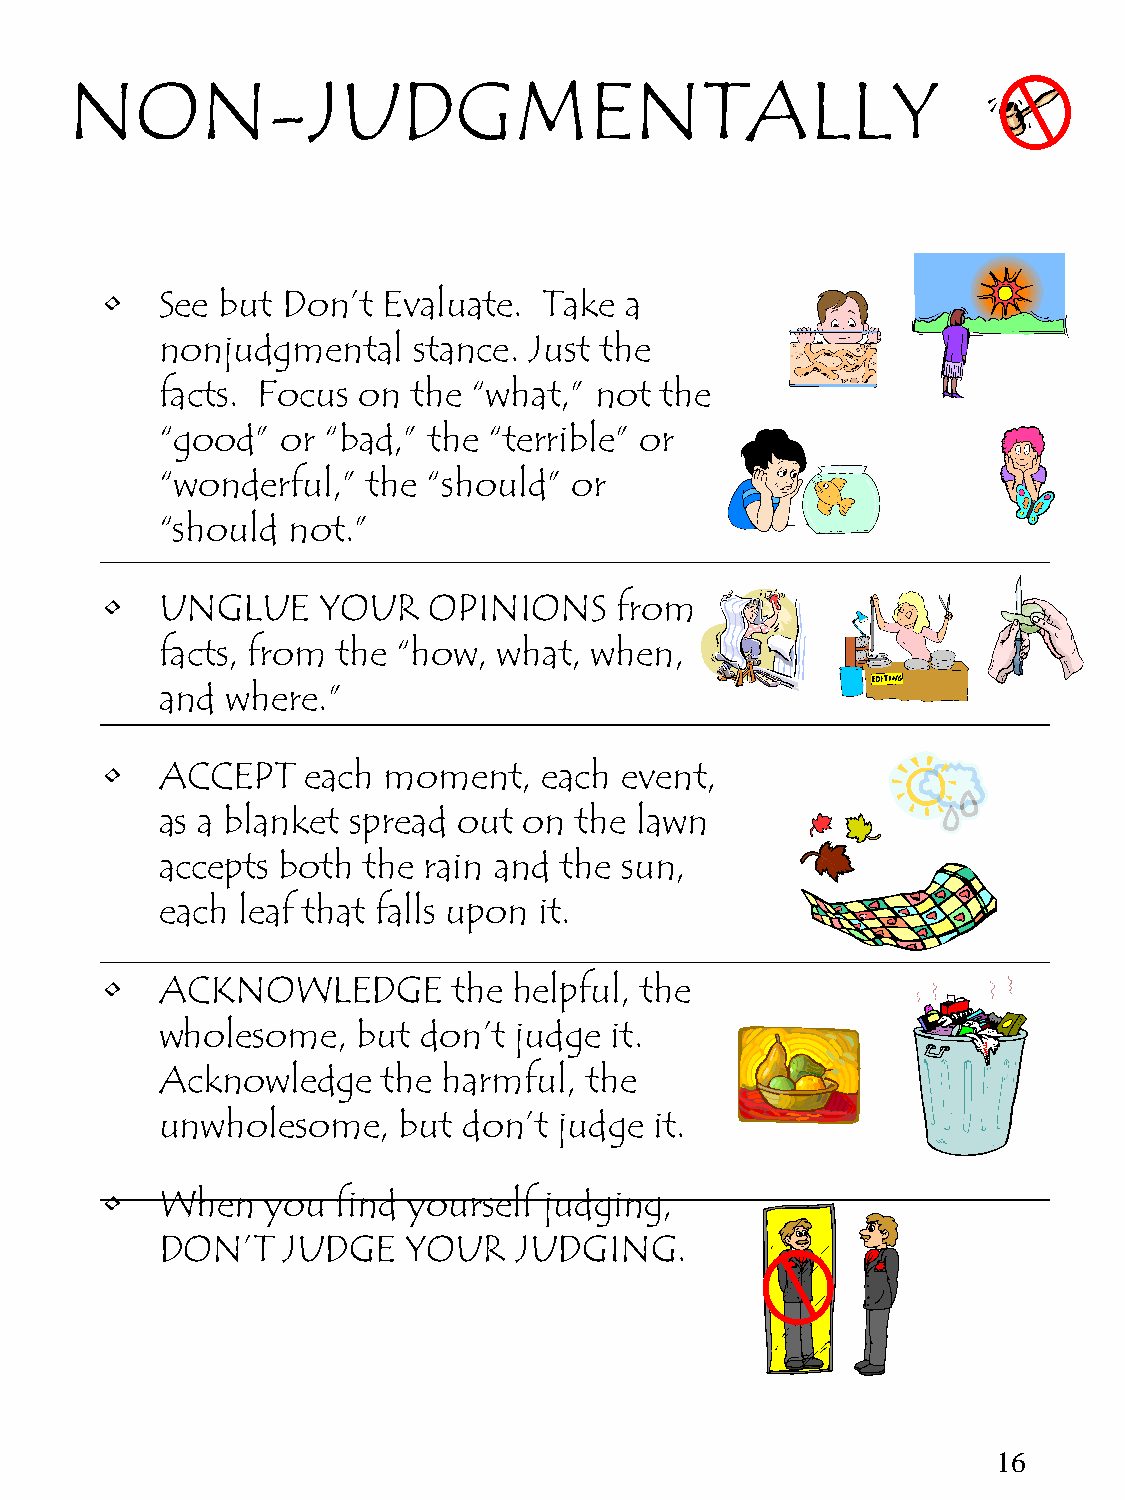
NON-JUDGMENTALLY
 •   See but Don’t Evaluate.  Take a
 nonjudgmental   stance. Just the
 facts. Focus on the “what,” not  the
 “good”  or “bad,” the “terrible” or
 “wonderful,” the “should”  or
 “should not.”
 •   UNGLUE    YOUR   OPINIONS     from
 facts, from the “how, what, when,
 and where.”
 •   ACCEPT   each moment,    each event,
 as a blanket spread out on the lawn
 accepts both the rain and the sun,
 each leaf that falls upon it.
 •   ACKNOWLEDGE        the helpful, the
 wholesome,   but don’t judge it.
 Acknowledge   the harmful,  the
 unwholesome,   but  don’t judge it.
 •   When   you find yourself judging,
 DON’T   JUDGE   YOUR   JUDGING.
 16